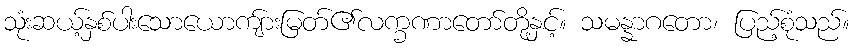
သုံးဆယ့်နှစ်ပါးသောယောကျ်ားမြတ်၏လက္ခဏာတော်တို့နှင့်။ သမန္နာဂတော၊ ပြည့်စုံသည်။